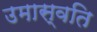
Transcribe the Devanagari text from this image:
उमास्वति